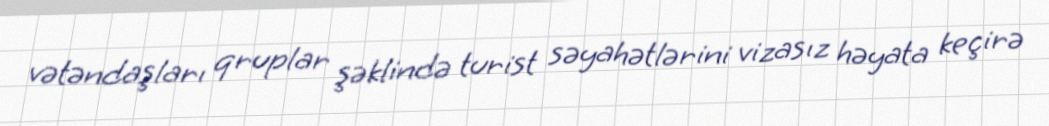
vətəndaşları qruplar şəklində turist səyahətlərini vizasız həyata keçirə